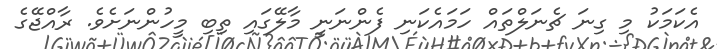
އެކަމަކު މި ގިނަ ޗެނަލްތައް ހަމައެކަނި ފެންނަނީ މާލޭގައި ތިބި މީހުންނަށެވެ. ރާއްޖޭގެ